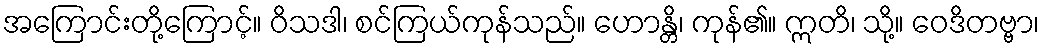
အကြောင်းတို့ကြောင့်။ ဝိသဒါ၊ စင်ကြယ်ကုန်သည်။ ဟောန္တိ၊ ကုန်၏။ ဣတိ၊ သို့။ ဝေဒိတဗ္ဗာ၊